Civil Veterinary Department. Madras. Admin. report 1926-33 - 1926-1933
Year: 1926
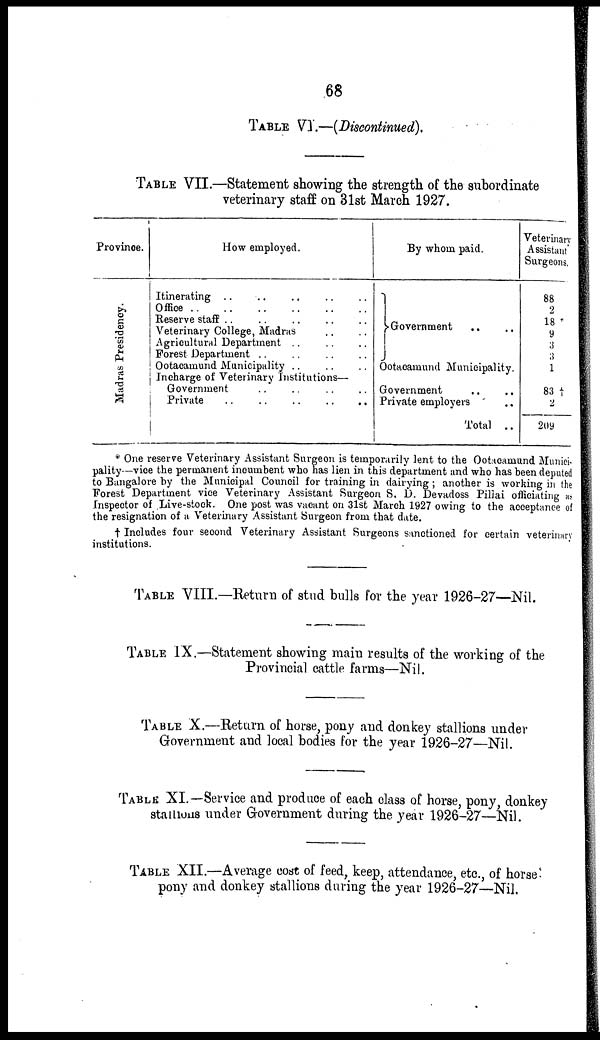
68
TABLE VI—(Discontinued),
TABLE VII.—Statement showing the strength of the subordinate
veterinary staff on 31st March 1927.
Province.
Madras Presidency.
How employed.
Itinerating .. .. .. .. ..
Office .. .. .. ..
Reserve staff .. .. .. .. ..
Veterinary College, Madras .. ..
Agricultural Department .. .. .. .. ..
Forest Department .. .. .. .. ..
Ootacamund Municipality .. .. ..
Incharge of Veterinary Institutions—
Government .. .. .. ..
Private .. .. .. .. ..
By whom paid.
Government .. ..
Ootacamund Municipality.
Government .. ...
Private employers ..
Total ..
Veterinary
Assistant
Surgeons,
88
2
18 *
9
3
3
1
83†
2
209
* One reserve Veterinary Assistant Surgeon is temporarily lent to the Ootacamund Munici-
pality—vice the permanent incumbent who has lien in this department and who has been deputed
to Bangalore by the Municipal Council for training in dairying ; another is working in the
Forest Department vice Veterinary Assistant Surgeon S. D. Devadoss Pillai officiating as
Inspector of Live-stock. One post was vacant on 31st March 1927 owing to the acceptance of
the resignation of a Veterinary Assistant Surgeon from that date.
† Includes four second Veterinary Assistant Surgeons sanctioned for certain veterinary
institutions.
TABLE VIII.—Return of stud bulls for the year 1926-27—Nil.
TABLE IX.—Statement showing main results of the working of the
Provincial cattle farms—Nil.
TABLE X.—Return of horse, pony and donkey stallions under
Government and local bodies for the year 1926-27—Nil.
TABLE XI.—Service and produce of each class of horse, pony, donkey
stallions under Government during the year 1926-27—Nil.
TABLE XII.—Average cost of feed, keep, attendance, etc, of horse-
pony and donkey stallions during the year 1926-27—Nil.